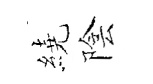
繞陰